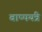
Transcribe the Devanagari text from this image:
बाष्पयंत्रे